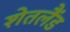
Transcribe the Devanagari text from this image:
शेतलैंड